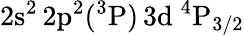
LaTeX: \mathrm{2s^{2}\, 2p^{2}(^{3}P)\, 3d~^{4}P_{3/2}}